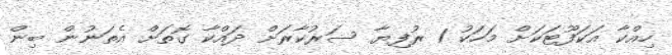
ހިއްކާ އަކަފޫޓަކަށް މަހަކު 1 ރުފިޔާ ސަރުކާރަށް ދައްކާ ގޮތަށް އެތަނުން ބިން